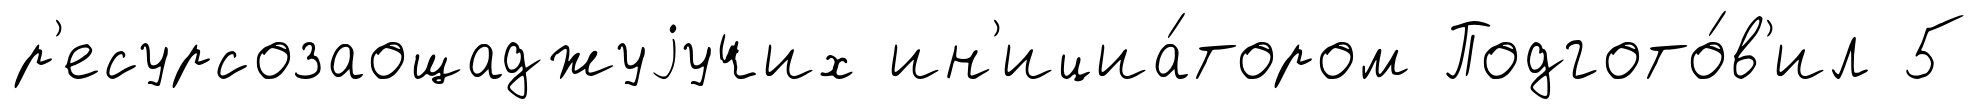
р'есурсозаощаджуjучих ин'ициа́тором Подгото́в'ил 5